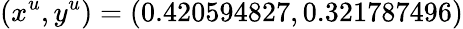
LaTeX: (x^{u},y^{u})=(0.420594827,0.321787496)